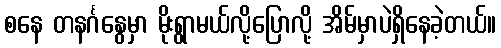
စနေ တနင်္ဂနွေမှာ မိုးရွာမယ်လို့ပြောလို့ အိမ်မှာပဲရှိနေခဲ့တယ်။